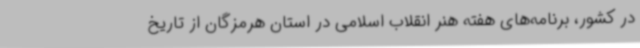
در کشور، برنامه‌های هفته هنر انقلاب اسلامی در استان هرمزگان از تاریخ